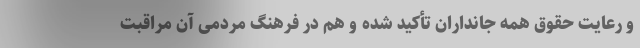
و رعایت حقوق همه جانداران تأکید شده و هم در فرهنگ مردمی آن مراقبت